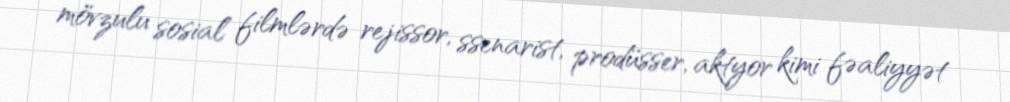
mövzulu sosial filmlərdə rejissor, ssenarist, prodüsser, aktyor kimi fəaliyyət